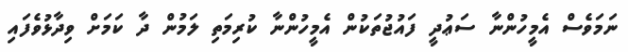
ނަމަވެސް އެމީހުންނާ ސަޢުދީ ފައުޖުތަކުން އެމީހުންނާ ކުރިމަތި ލަމުން ދާ ކަމަށް ވިދާޅުވެފައި